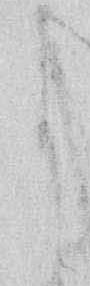
に